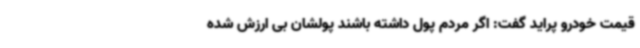
قیمت خودرو پراید گفت: اگر مردم پول داشته باشند پولشان بی ارزش شده